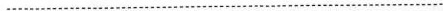
………………...................................